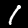
Label: 1